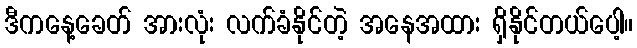
ဒီကနေ့ခေတ် အားလုံး လက်ခံနိုင်တဲ့ အနေအထား ရှိနိုင်တယ်ပေါ့။